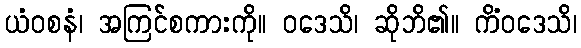
ယံဝစနံ၊ အကြင်စကားကို။ ဝဒေသိ၊ ဆိုဘိ၏။ ကိံဝဒေသိ၊